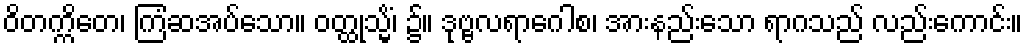
ဝိတက္ကိတေ၊ ကြံဆအပ်သော။ ဝတ္ထုသ္မိံ၊ ၌။ ဒုဗ္ဗလရာဂေါစ၊ အားနည်းသော ရာဂသည် လည်းကောင်း။